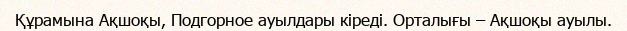
Құрамына Ақшоқы, Подгорное ауылдары кіреді. Орталығы – Ақшоқы ауылы.